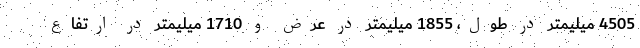
4505 میلیمتر در طول، 1855 میلیمتر در عرض و 1710 میلیمتر در ارتفاع